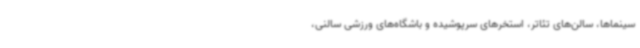
سینماها، سالن‌های تئاتر، استخرهای سرپوشیده و باشگاه‌های ورزشی سالنی،